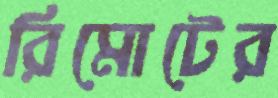
রিমোটের